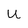
Character: u